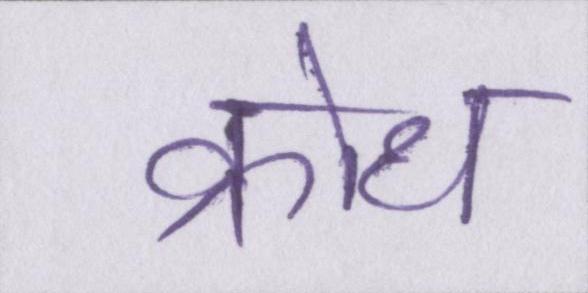
क्रोध